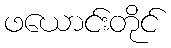
ဖယောင်းတိုင်